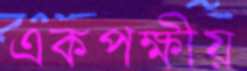
একপক্ষীয়